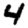
Digit: 4